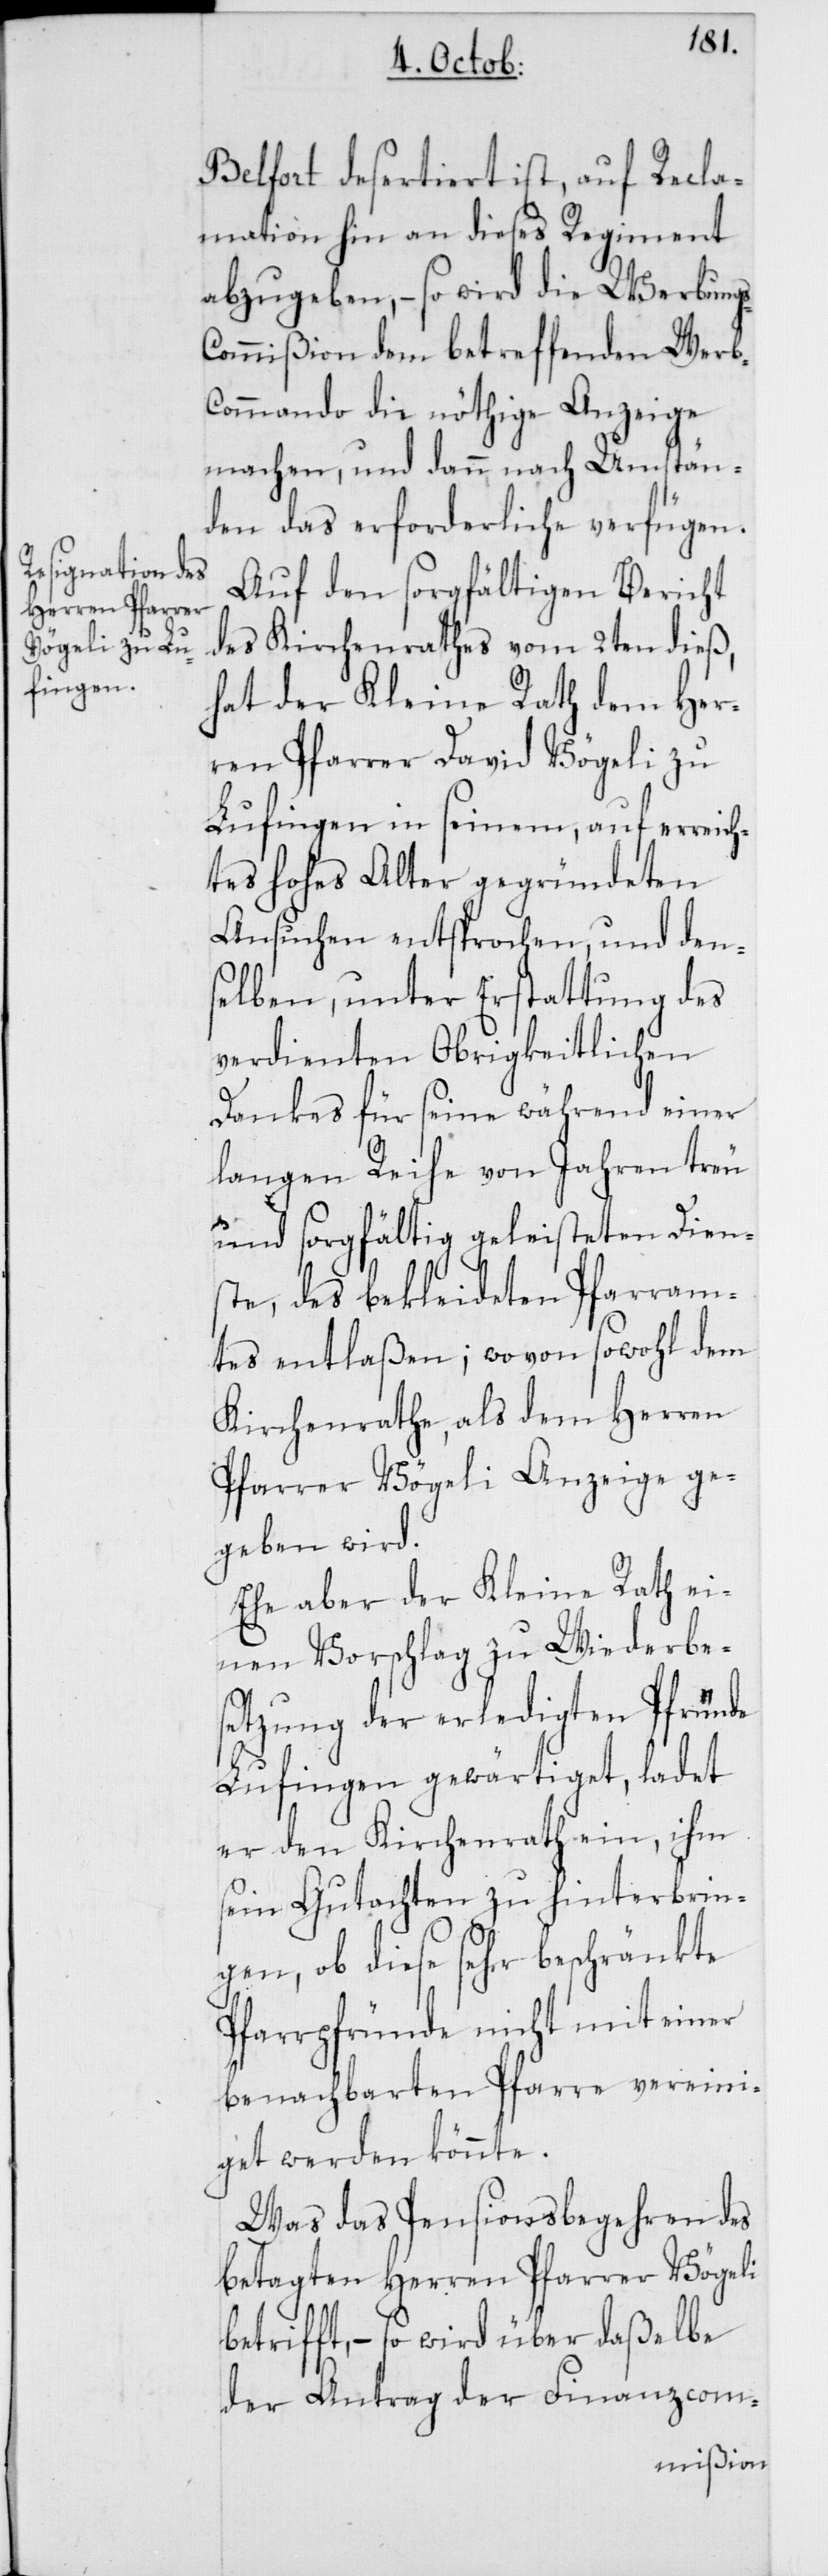
s-C¬
Belfort desertiert ist, auf Recla¬
mation hin an dieses Regiment
abzugeben, – so wird die Werbung¬
ommißion dem betreffenden Werb-C¬
ommando die nöthige Anzeige
machen, und dann nach Umstän¬
den das erforderliche verfügen.
Auf den sorgfältigen Bericht
des Kirchenrathes vom 2ten dieß,
hat der Kleine Rath dem Her¬
ren Pfarrer David Vögeli zu
Lufingen in seinem, auf erreich¬
tes hohes Alter gegründeten
Ansuchen entsprochen, und dens¬
elben, unter Erstattung des
verdienten Obrigkeitlichen
Dankes für seine während einer
langen Reihe von Jahren treu
und sorgfältig geleisteten Dien¬
ste, des bekleideten Pfarram¬
tes entlaßen; wovon sowohl dem
Kirchenrathe, als dem Herren
Pfarrer Vögeli Anzeige ge¬
geben wird.
Ehe aber der Kleine Rath ei¬
nen Vorschlag zu Wiederbes¬
etzung der erledigten Pfründe
Lufingen gewärtiget, ladet
er den Kirchenrath ein, ihm
sein Gutachten zu hinterbrin¬
gen, ob diese sehr beschränkte
Pfarrpfründe nicht mit einer
benachbarten Pfarre vereini¬
get werden könnte.
Was das Pensionsbegehren des
betagten Herren Pfarrer Vögeli
betrifft, – so wird über daßelbe
der Antrag der Finanzcom-